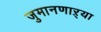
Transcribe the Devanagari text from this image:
जुमानणाऱ्या